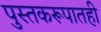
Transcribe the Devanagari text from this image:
पुस्तकरूपातही